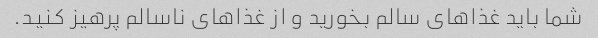
شما باید غذاهای سالم بخورید و از غذاهای ناسالم پرهیز کنید.